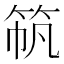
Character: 𫁼